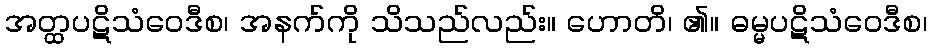
အတ္ထပဋိသံဝေဒီစ၊ အနက်ကို သိသည်လည်း။ ဟောတိ၊ ၏။ ဓမ္မပဋိသံဝေဒီစ၊